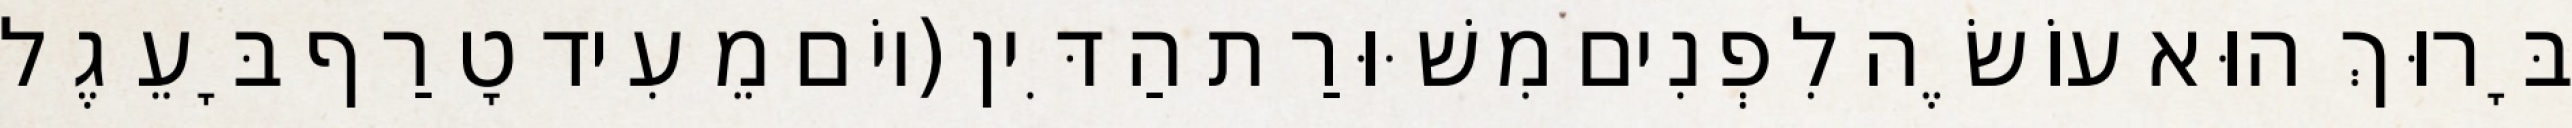
בָּרוּךְ הוּא עוֹשֶׂה לִפְנִים מִשּׁוּרַת הַדִּין (יוֹם מֵעִיד טָרַף בָּעֵגֶל